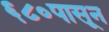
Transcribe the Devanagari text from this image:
६८०पासून